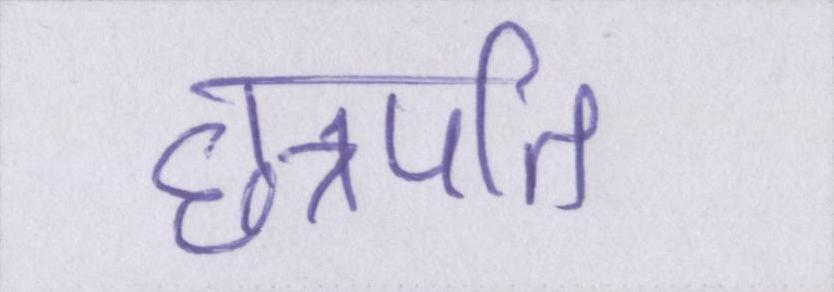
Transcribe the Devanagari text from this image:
छत्रपति